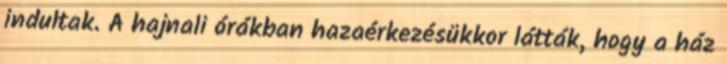
indultak. A hajnali órákban hazaérkezésükkor látták, hogy a ház